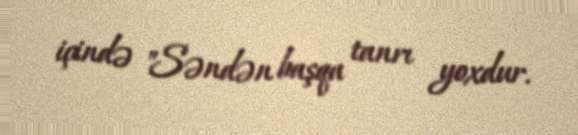
içində "Səndən başqa tanrı yoxdur.